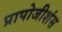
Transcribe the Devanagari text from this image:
प्रापोजीशंस